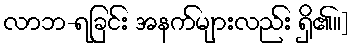
လာဘ-ရခြင်း အနက်များလည်း ရှိ၏။]